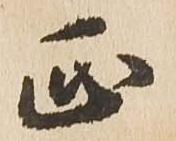
正